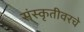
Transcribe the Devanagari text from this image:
संस्कृतीवरचे